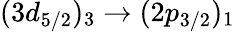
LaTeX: (3d_{5/2})_{3}\rightarrow(2p_{3/2})_{1}